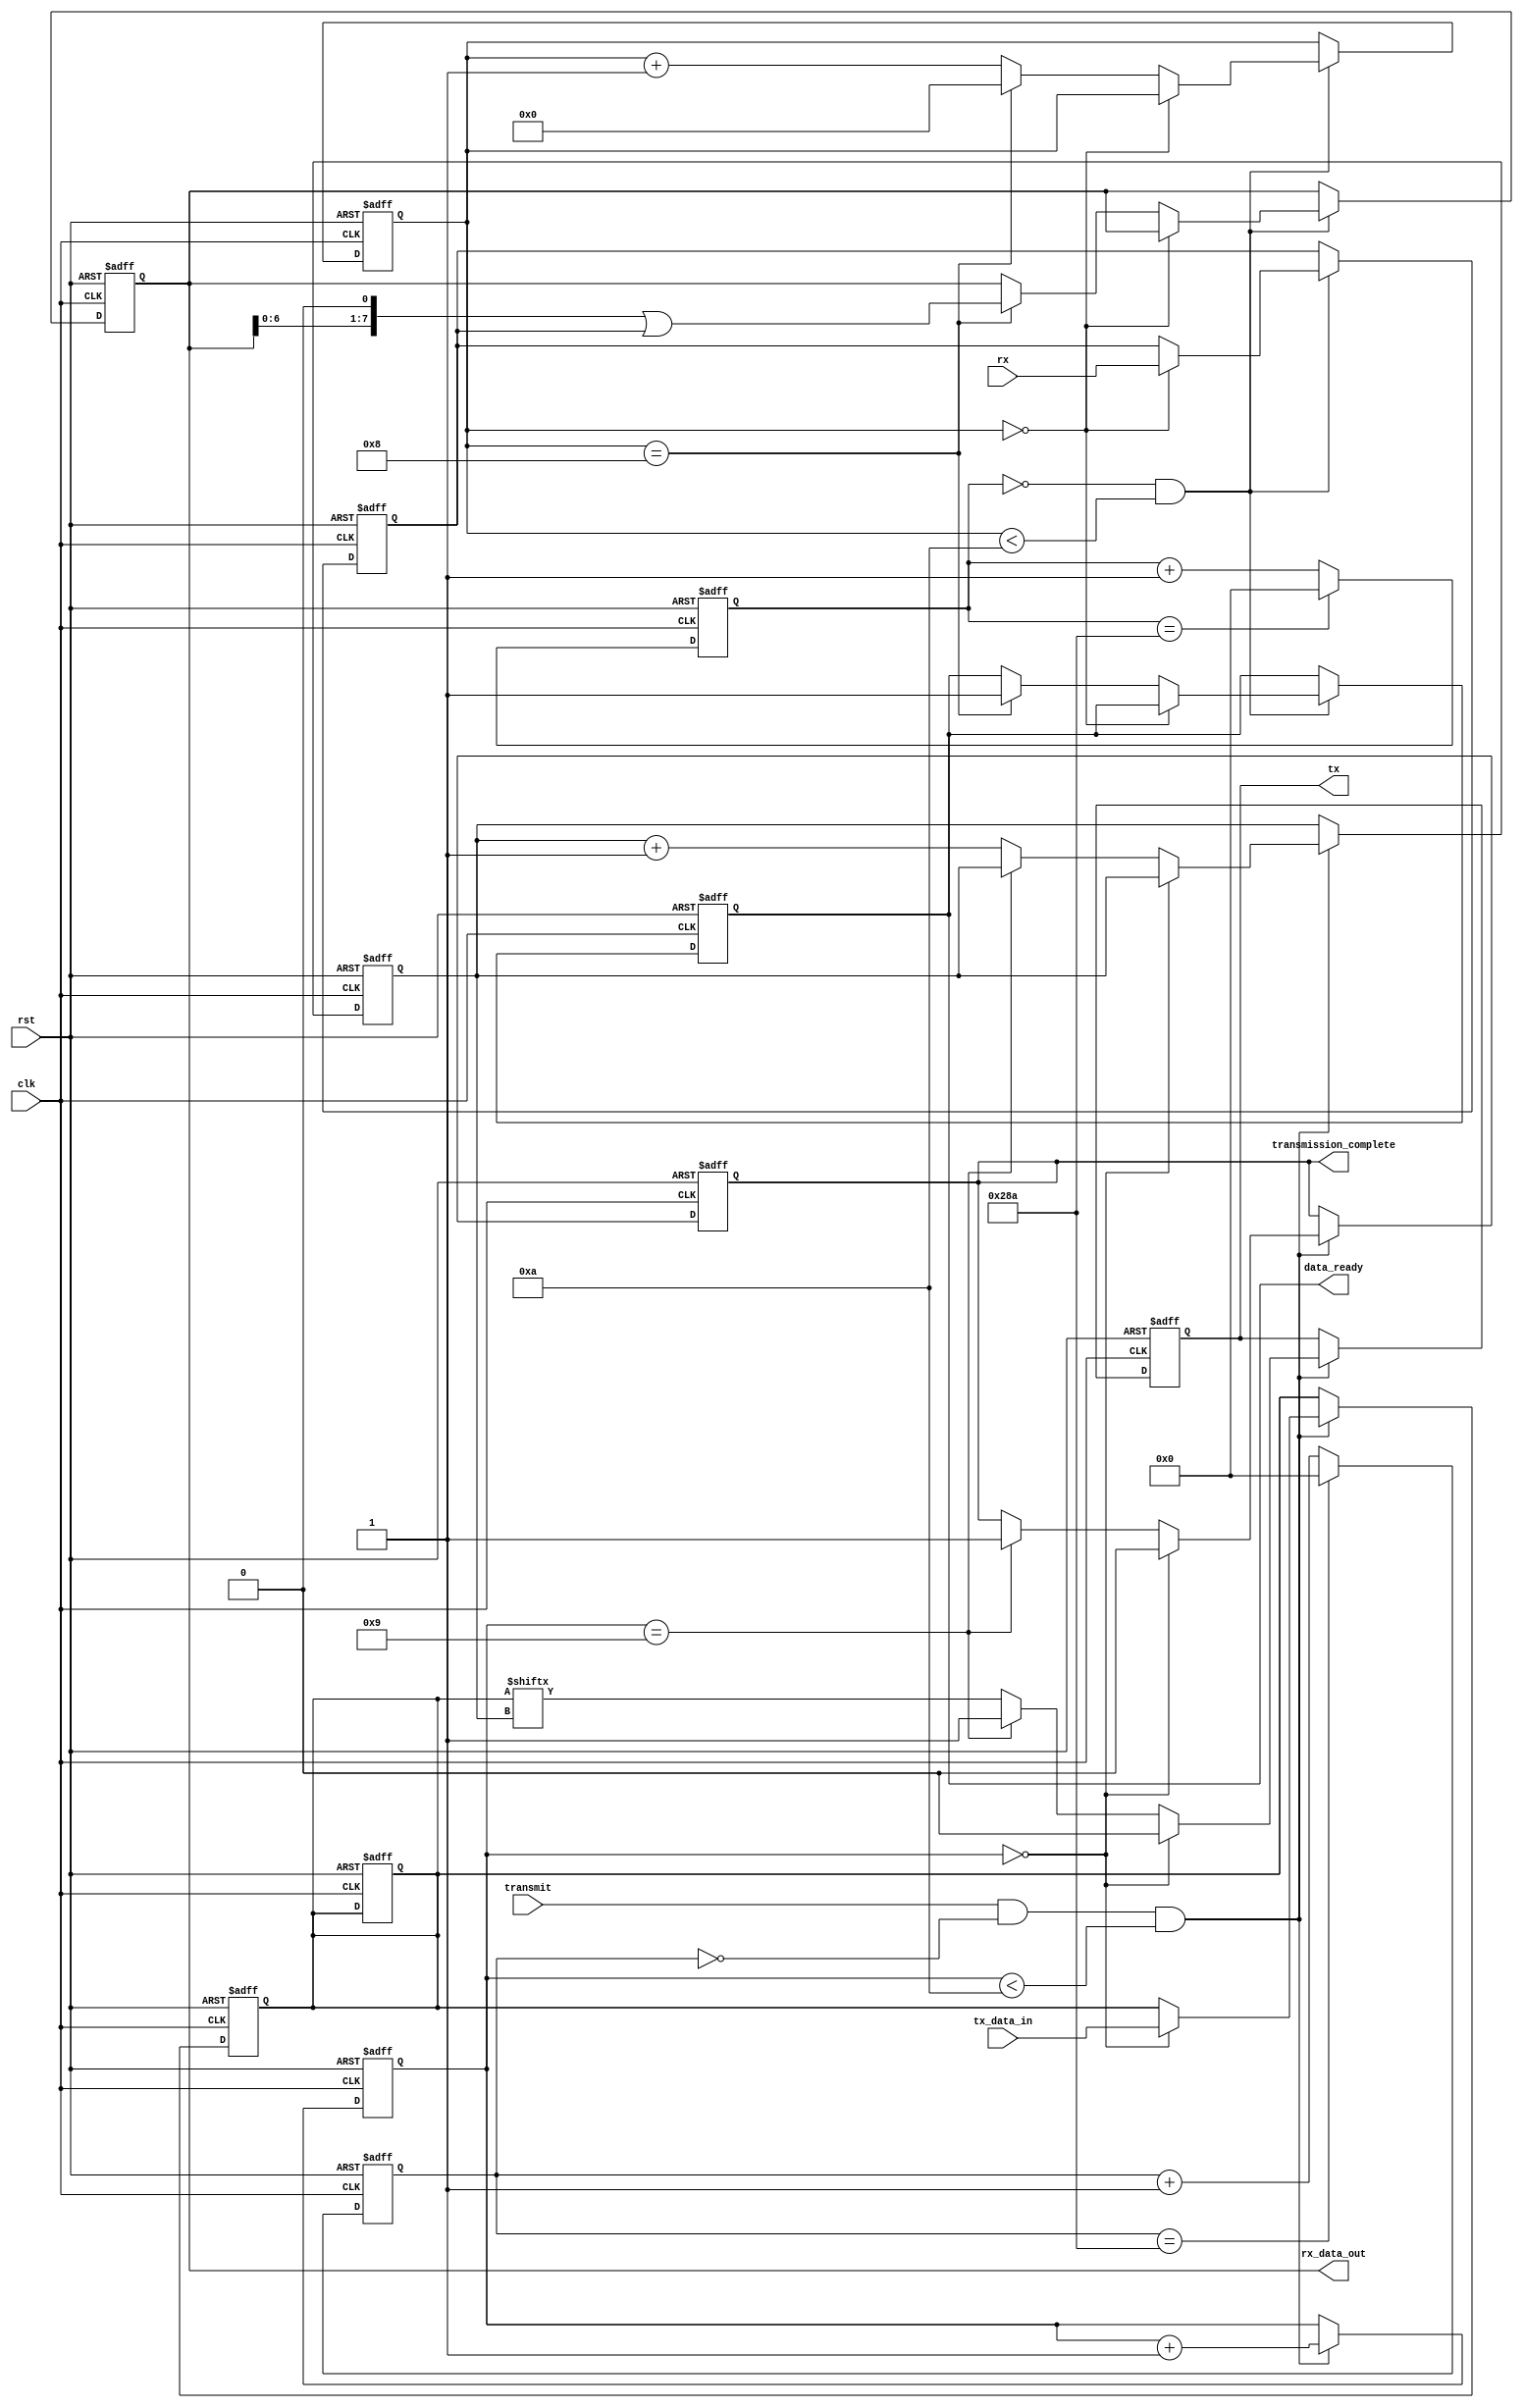
`timescale 1ns / 1ps
//////////////////////////////////////////////////////////////////////////////////
// Company: 
// Engineer: 
// 
// Design Name: 
// Module Name: UART
// Project Name: 
// Target Devices: 
// Tool Versions: 
// Description: 
// 
// Dependencies: 
// 
// Revision:
// Revision 0.01 - File Created
// Additional Comments:
// 
//////////////////////////////////////////////////////////////////////////////////


module UART (
    input wire clk,
    input wire rst,
    input wire rx,
    input wire transmit, //tells uart to send data
    input wire [7:0] tx_data_in,
    output wire [7:0] rx_data_out,
    output wire tx,
    output reg transmission_complete,
    output wire data_ready
);

parameter BAUD_RATE = 9600;
parameter CLOCK_FREQ = 100_000_000; // Assuming a 100 MHz clock

reg [9:0] tx_count;
reg [9:0] rx_count;
reg [3:0] tx_bit_count;
reg [3:0] rx_bit_count;
reg [7:0] tx_shift_reg;
reg [7:0] rx_shift_reg;
reg [15:0] tx_baud_counter;
reg [15:0] rx_baud_counter;
reg tx_reg;
reg rx_reg;
reg data_ready_internal;

always @(posedge clk or posedge rst) begin
    //reset
    if (rst) begin
        tx_count <= 0;
        rx_count <= 0;
        tx_bit_count <= 0;
        rx_bit_count <= 0;
        tx_baud_counter <= 0;
        rx_baud_counter <= 0;
        tx_shift_reg <= 8'b0;
        rx_shift_reg <= 8'b0;
        tx_reg <= 1; // TX normally high
        rx_reg <= 0; // Receive data
        data_ready_internal <= 0;
        transmission_complete <= 1;
    //transmit
    end else begin
        // Baud rate generator for TX
        if (tx_baud_counter == CLOCK_FREQ / (BAUD_RATE * 16) - 1) begin
            tx_baud_counter <= 0;
        end else begin
            tx_baud_counter <= tx_baud_counter + 1;
        end

        // Transmit
        if (transmit && tx_baud_counter == 0 && tx_count < 10) begin
            if (tx_count == 0) begin
                transmission_complete <= 0;
                tx_shift_reg <= tx_data_in;
                tx_reg <= 0; // Start bit
            end 
            else if (tx_count == 9) begin
                tx_reg <= 1; // Stop bit
                tx_count <= 0;
                transmission_complete <= 1;
            end
            else begin
                tx_reg <= tx_shift_reg[tx_bit_count];
                tx_bit_count <= tx_bit_count + 1;
            end
            tx_count <= tx_count + 1;
        end

        // Baud rate generator for RX
        if (rx_baud_counter == CLOCK_FREQ / (BAUD_RATE * 16) - 1) begin
            rx_baud_counter <= 0;
        end else begin
            rx_baud_counter <= rx_baud_counter + 1;
        end

        // Receive
        if (rx_baud_counter == 0 && rx_count < 10) begin
            if (rx_count == 0) begin
                rx_reg <= rx;
            end else if (rx_count == 8) begin
                rx_shift_reg <= rx_shift_reg << 1 | rx_reg;
                rx_count <= 0;
                data_ready_internal <= 1; // Data ready when all bits are received
            end else begin
                rx_count <= rx_count + 1;
            end
        end
    end
end

always @(posedge clk or posedge rst) begin
    if (rst) begin
        tx_shift_reg <= 8'b0;
    end 
end

assign rx_data_out = rx_shift_reg;
assign tx = tx_reg;
assign data_ready = data_ready_internal;

endmodule